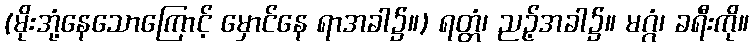
(မိုးအုံ့နေသောကြောင့် မှောင်နေ ရာအခါ၌။) ရတ္တံ၊ ညဉ့်အခါ၌။ မဂ္ဂံ၊ ခရီးကို။